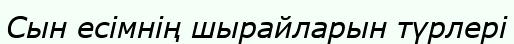
Сын есімнің шырайларын түрлері